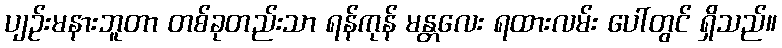
ပျဉ်းမနားဘူတာ တစ်ခုတည်းသာ ရန်ကုန် မန္တလေး ရထားလမ်း ပေါ်တွင် ရှိသည်။